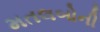
મતલબોની